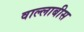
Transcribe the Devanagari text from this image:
वाल्लाबीस